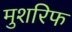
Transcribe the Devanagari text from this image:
मुशरिफ